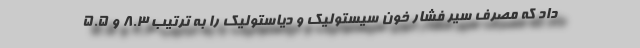
داد که مصرف سیر فشار خون سیستولیک و دیاستولیک را به ترتیب 8.3 و 5.5